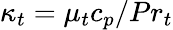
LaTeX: \kappa_{t}=\mu_{t}c_{p}/Pr_{t}